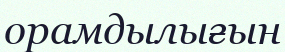
орамдылығын